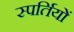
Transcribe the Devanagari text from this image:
स्पर्तियों